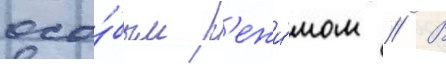
осо́бым р'ежи́мом // В